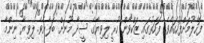
ފޮހެލުމަށްފަހުގައެވެ. ފަހަތުގައި ޒަކްވާން ހުރީ ލިވިޔާގެ ސީދާ މޫނަށް ބަލާށެވެ. ލިވިޔާ ނިންމާ